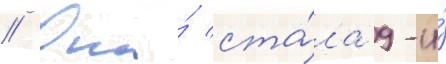
// Она́ ста́ла 9-и́